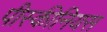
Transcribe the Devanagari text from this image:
पीस्कीनियस